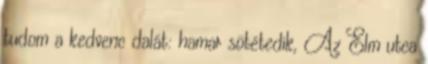
tudom a kedvenc dalát: hamar sötétedik, Az Elm utca